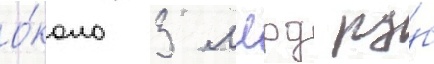
о́коло 3 млрд ру́б